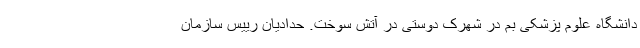
دانشگاه علوم پزشکی بم در شهرک دوستی در آتش سوخت. حدادیان رییس سازمان